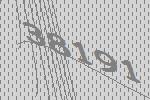
38191